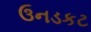
ઉનડકટ